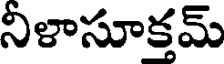
నిళాసూక్తమ్